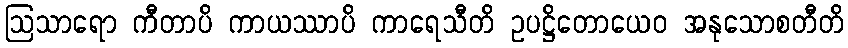
ဩသာရော ကီတာပိ ကာယဿာပိ ကာရေသီတိ ဥပဋ္ဌိတောယေဝ အနုသောစတီတိ